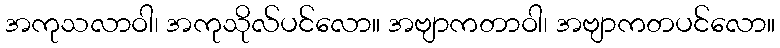
အကုသလာဝါ၊ အကုသိုလ်ပင်လော။ အဗျာကတာဝါ၊ အဗျာကတပင်လော။